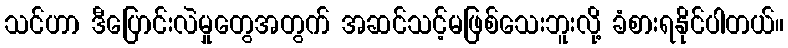
သင်ဟာ ဒီပြောင်းလဲမှုတွေအတွက် အဆင်သင့်မဖြစ်သေးဘူးလို့ ခံစားရနိုင်ပါတယ်။